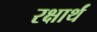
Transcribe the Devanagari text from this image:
रक्षार्थं